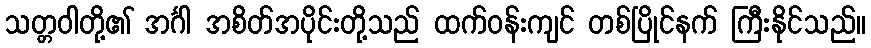
သတ္တဝါတို့၏ အင်္ဂါ အစိတ်အပိုင်းတို့သည် ထက်ဝန်းကျင် တစ်ပြိုင်နက် ကြီးနိုင်သည်။